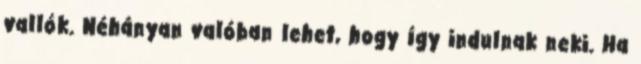
vallók. Néhányan valóban lehet, hogy így indulnak neki. Ha